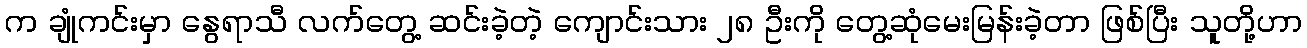
က ချုံကင်းမှာ နွေရာသီ လက်တွေ့ ဆင်းခဲ့တဲ့ ကျောင်းသား ၂၈ ဦးကို တွေ့ဆုံမေးမြန်းခဲ့တာ ဖြစ်ပြီး သူတို့ဟာ